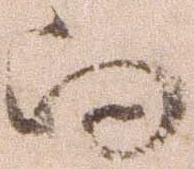
向